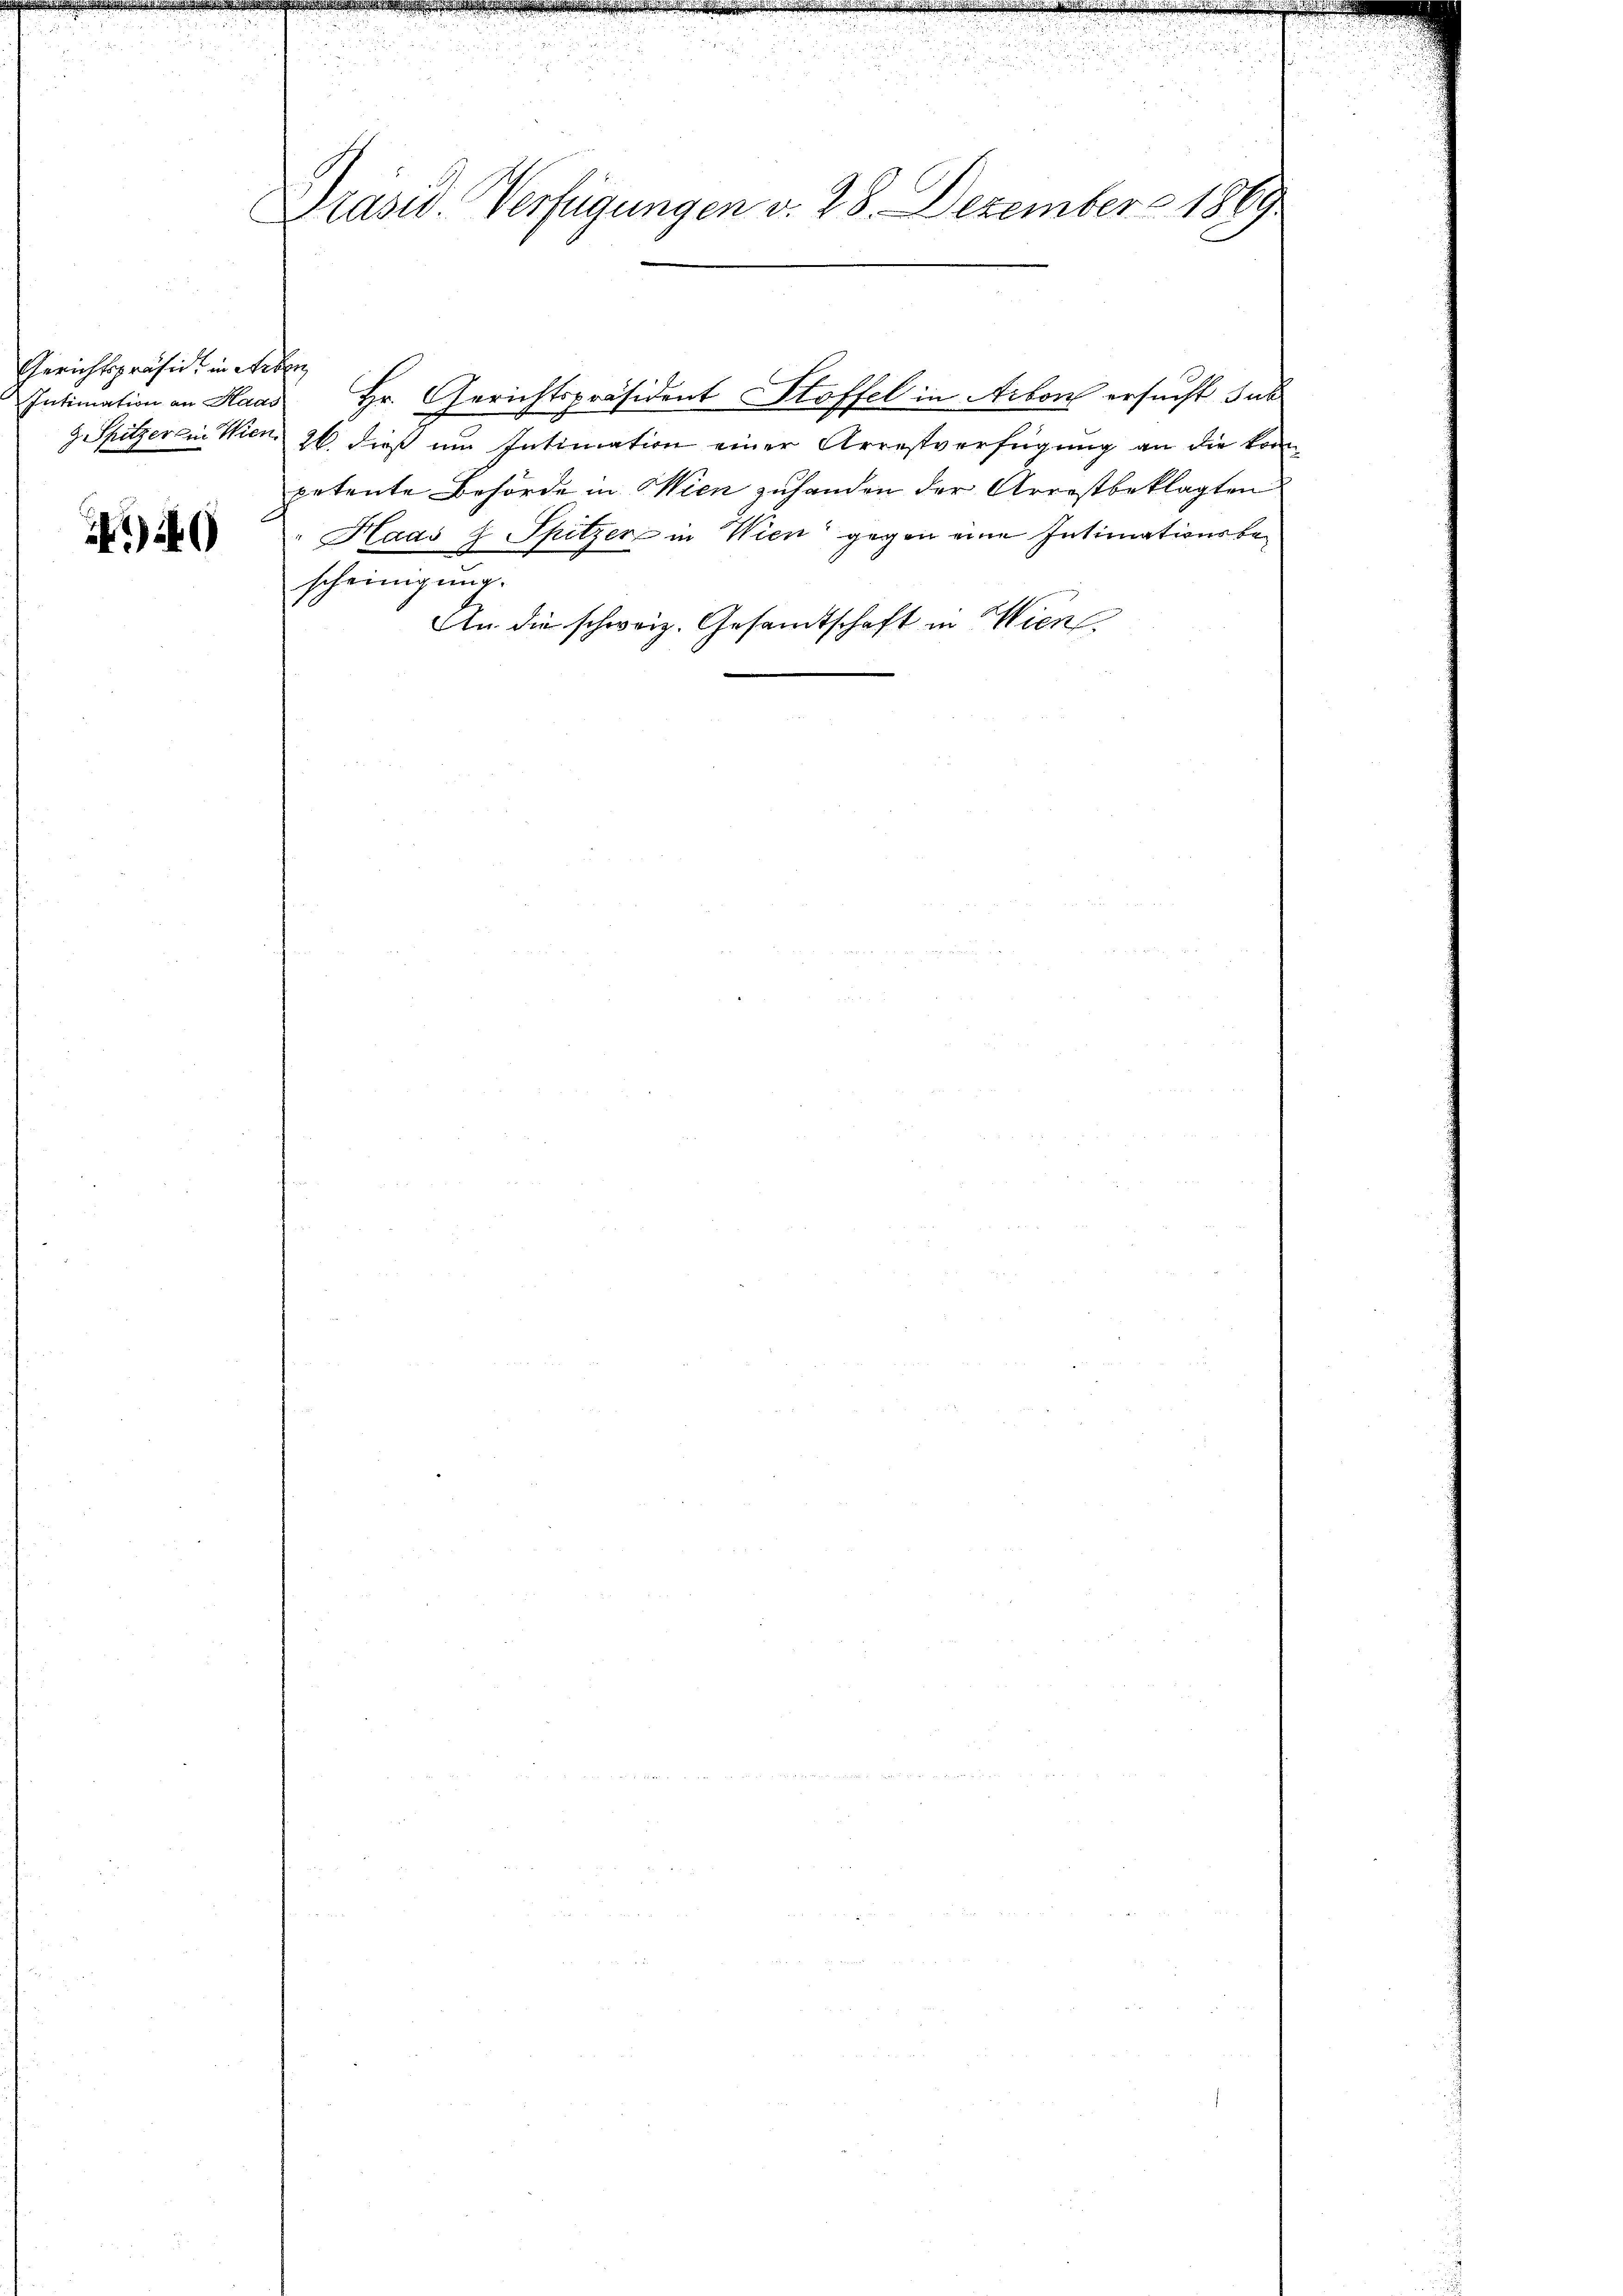
Gerichtspräside in Leben,
Intimation an Haas

49

Präsid. Verfügungen v. 28. Dezember 1869

g Spitzeren Wien 26. dieß im Intimation einer Arrestverfügung an die kompetente Behörde in Wien zuhanden der Arrestbeklagten
"Haas & Spitzer in Wien gegen eine Intimationsbescheinigung.
An die schweiz. Gesandtschaft in Wien

Hr. Gerichtspräsident Stoffel in Arbon ersucht sub